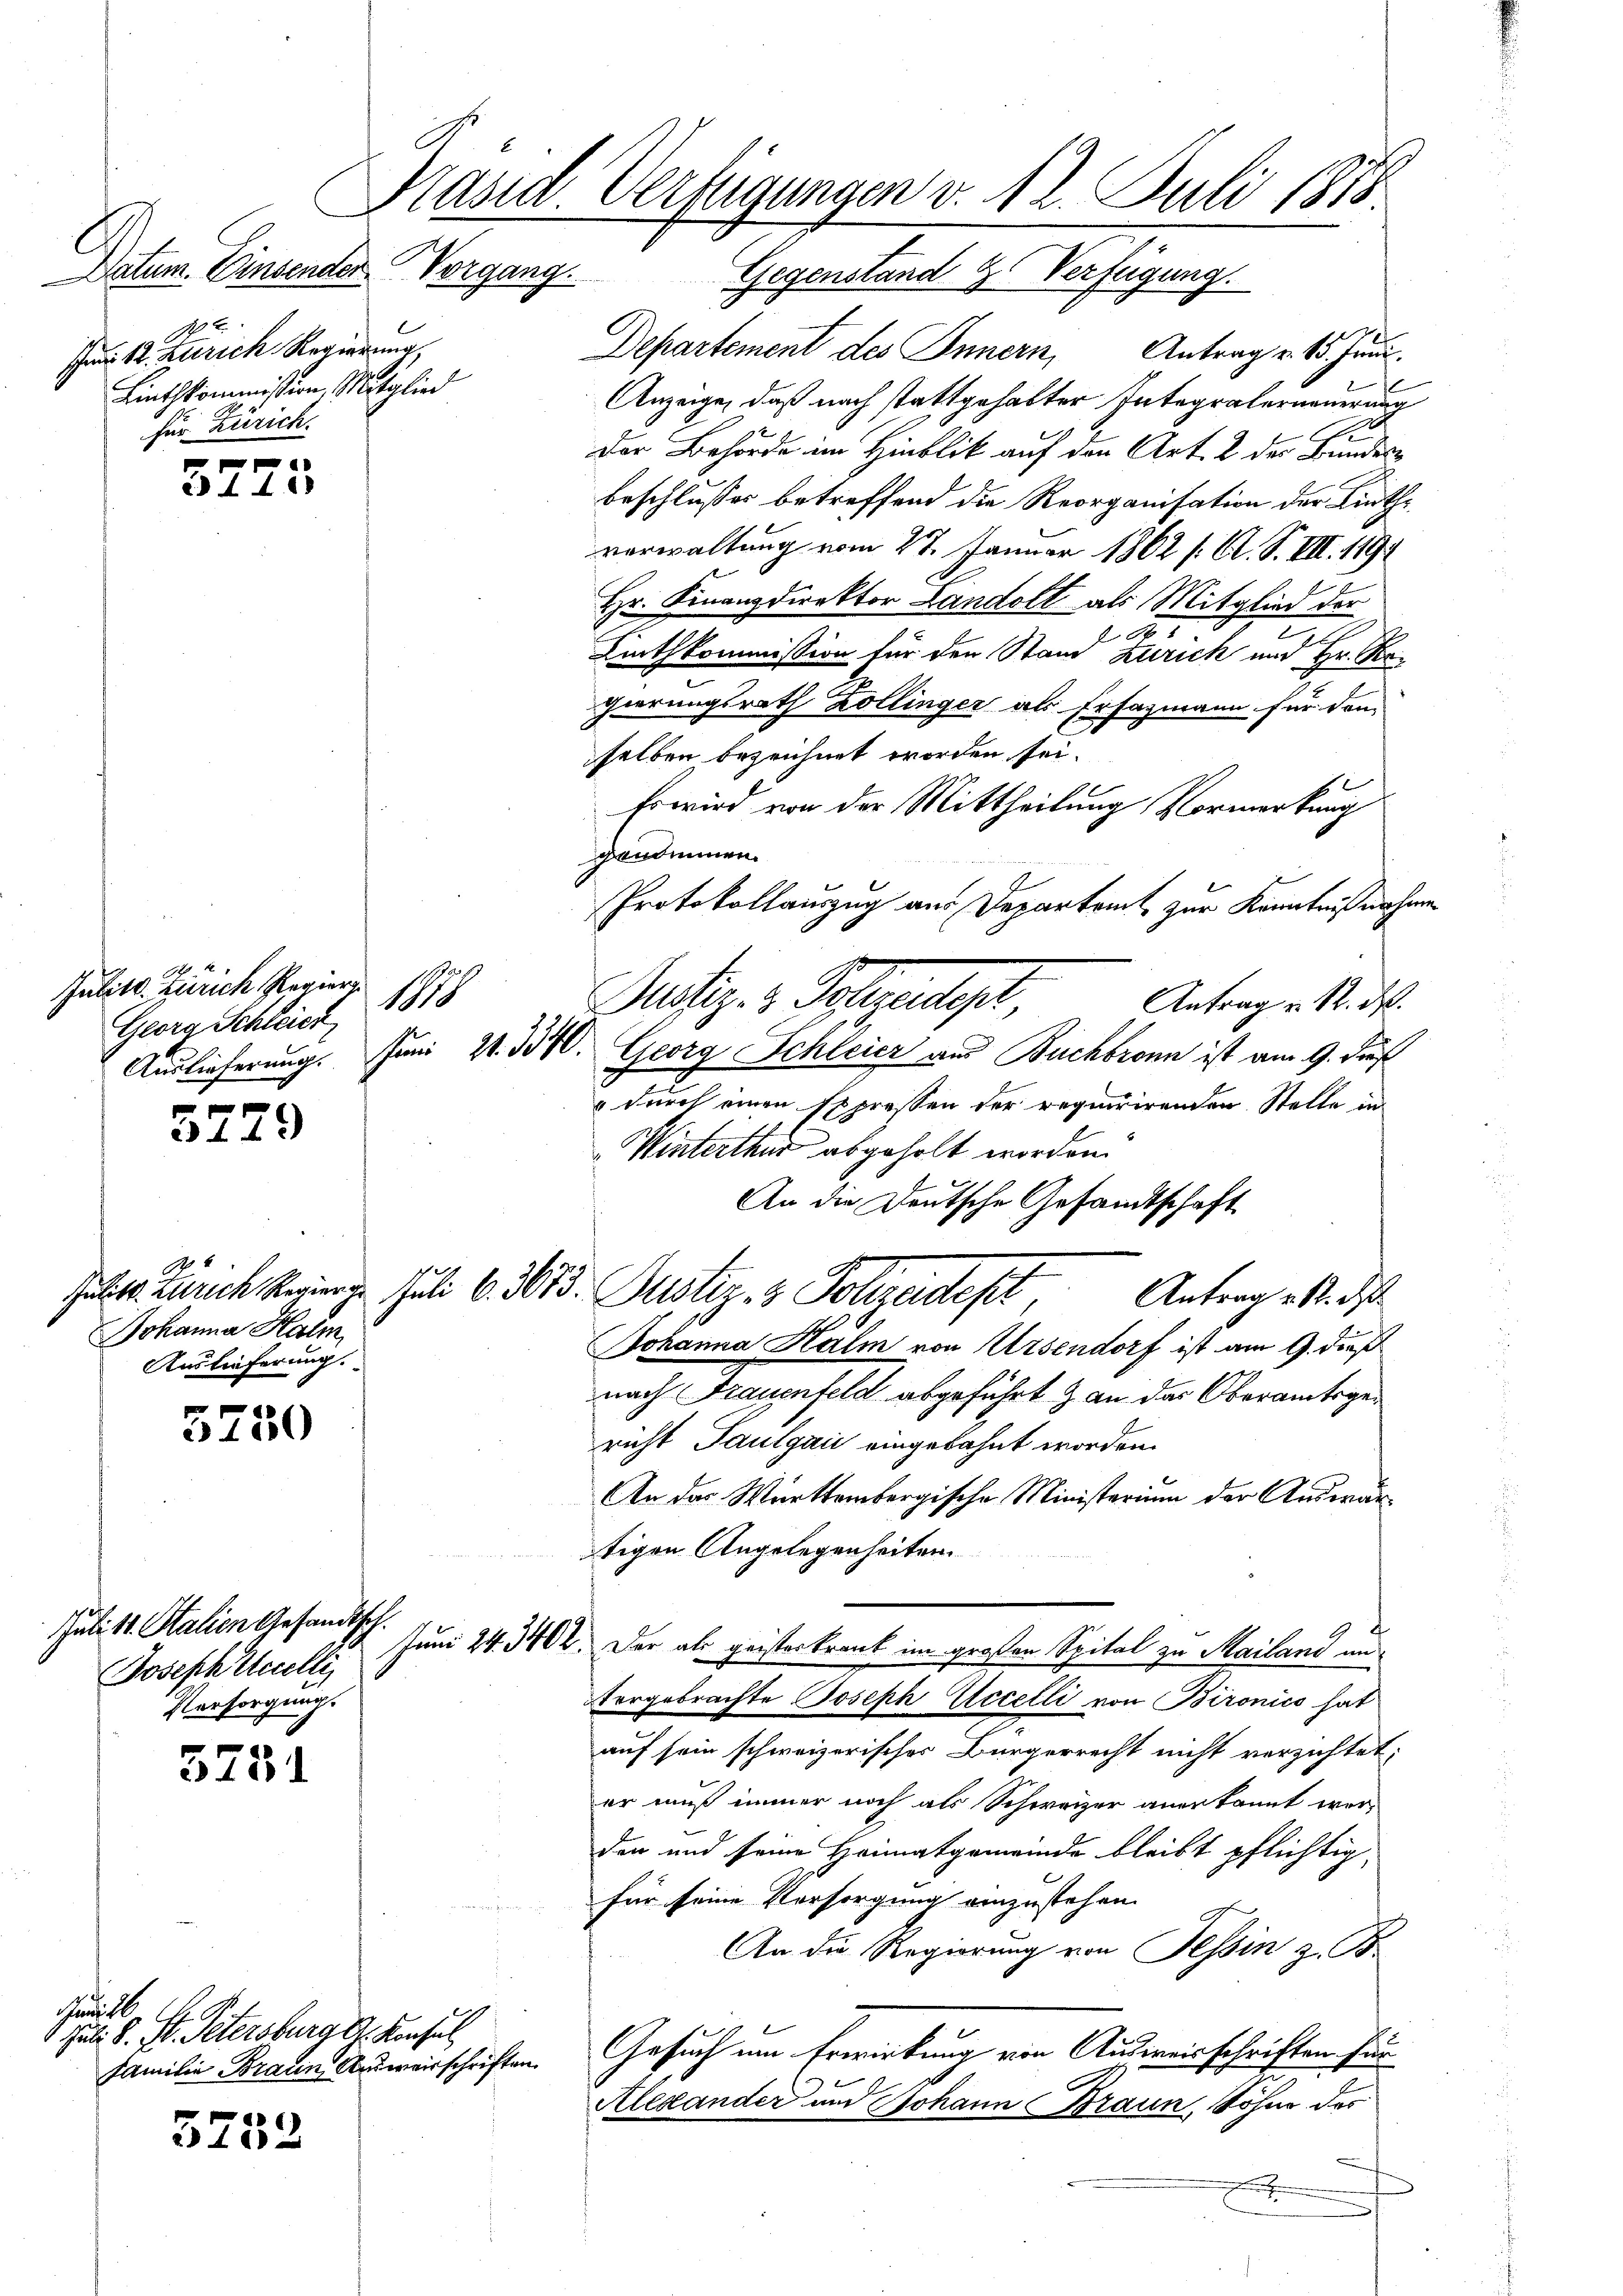
f x
44xx

5779

5750

5731

3752

tasia. Verfügungen v. 12. Juli 1815.
Datum. Einsender Vorgang. Gegenstand H. Verfügung.

18

1 x
t
Jm 12. Zürich Regierung,
Linthkommission, Mitglied
hur. Zürich.

Julitt. Zürich Regier
Georg Schleich

Johanna Halm
Auslieferung.

Juli 18. Stalien Gesandtsch.
Joseph Stelli
Versorgung.

ui
6 Juli d. St. Petersburg G. Konsul
Familie Brauen Ausweisschriften

Departement des Innern, Antrag v. 15. Juni.
Anzeige, daß nach stattgehalter Integralerneuerung
Der Behörde im Hinblik auf den Art. 2 der Bundesbeschlusses betreffend die Reorganisation der Linthverwaltung vom 27. Januar 1862 s. Cl. S. VII. 1791
Hr. Finanzdirektor Landolt als Mitglied der
A
Linthkommission für den Stand Zürich und Hr. Rogierungsrath Zollinger als Erfazmann für den
selben bezeichnet worden sei.
Es wird von der Mittheilung Vormerkung
genommen.
Protokollauszug aus Departamt zur Kenntnißnahmen
Pertig. v. Polizeitiget,
Antrag v. R. M.
Auslieferung. Juni 21. 3340. Georg Schleier aus Buchbronn ist am 9. dieß
" durch einen Expressen der requirirenden Stelle in
Winterthur abgeholt worden.
An die Deutsche Gesandtschaft
Gatte. Zürich Regierige Juli 6. 3613. Justiz- & Polizeidest, Antrag u. d
Johanna Halm von Ursendorf ist am 9. dieß
nach Frauenfeld abgeführt & an das Oberamtsgericht Paulgai eingebahnt worden.
An das Württembergische Ministerium der Auswärtigen Angelegenheiten.
Juni 24. 340. Der als geisterkrank im großen Spital zu Mailand un
tergebrachte Joseph Accelli von Bironico hat
auf sein schweizerisches Bürgerrecht nicht verzichtet:
er muß immer noch als Schweizer anerkannt wer-
den und seine Heimatgemeinde bleibt pflichtig,
für seine Versorgung einzustehen.
An die Regierung von Tessin z. B.
Gesuch um Erwirkung von Ausweisschriften für
Alexander und Johann Braun, Söhne des
e